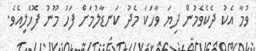
ވުމާ އެކު ދެކެވެމުން ދިޔަ ވާހަކަ މެދު ކަނޑާލުމަށް ފަހު މޫނު ފޮހެލިއެވެ.